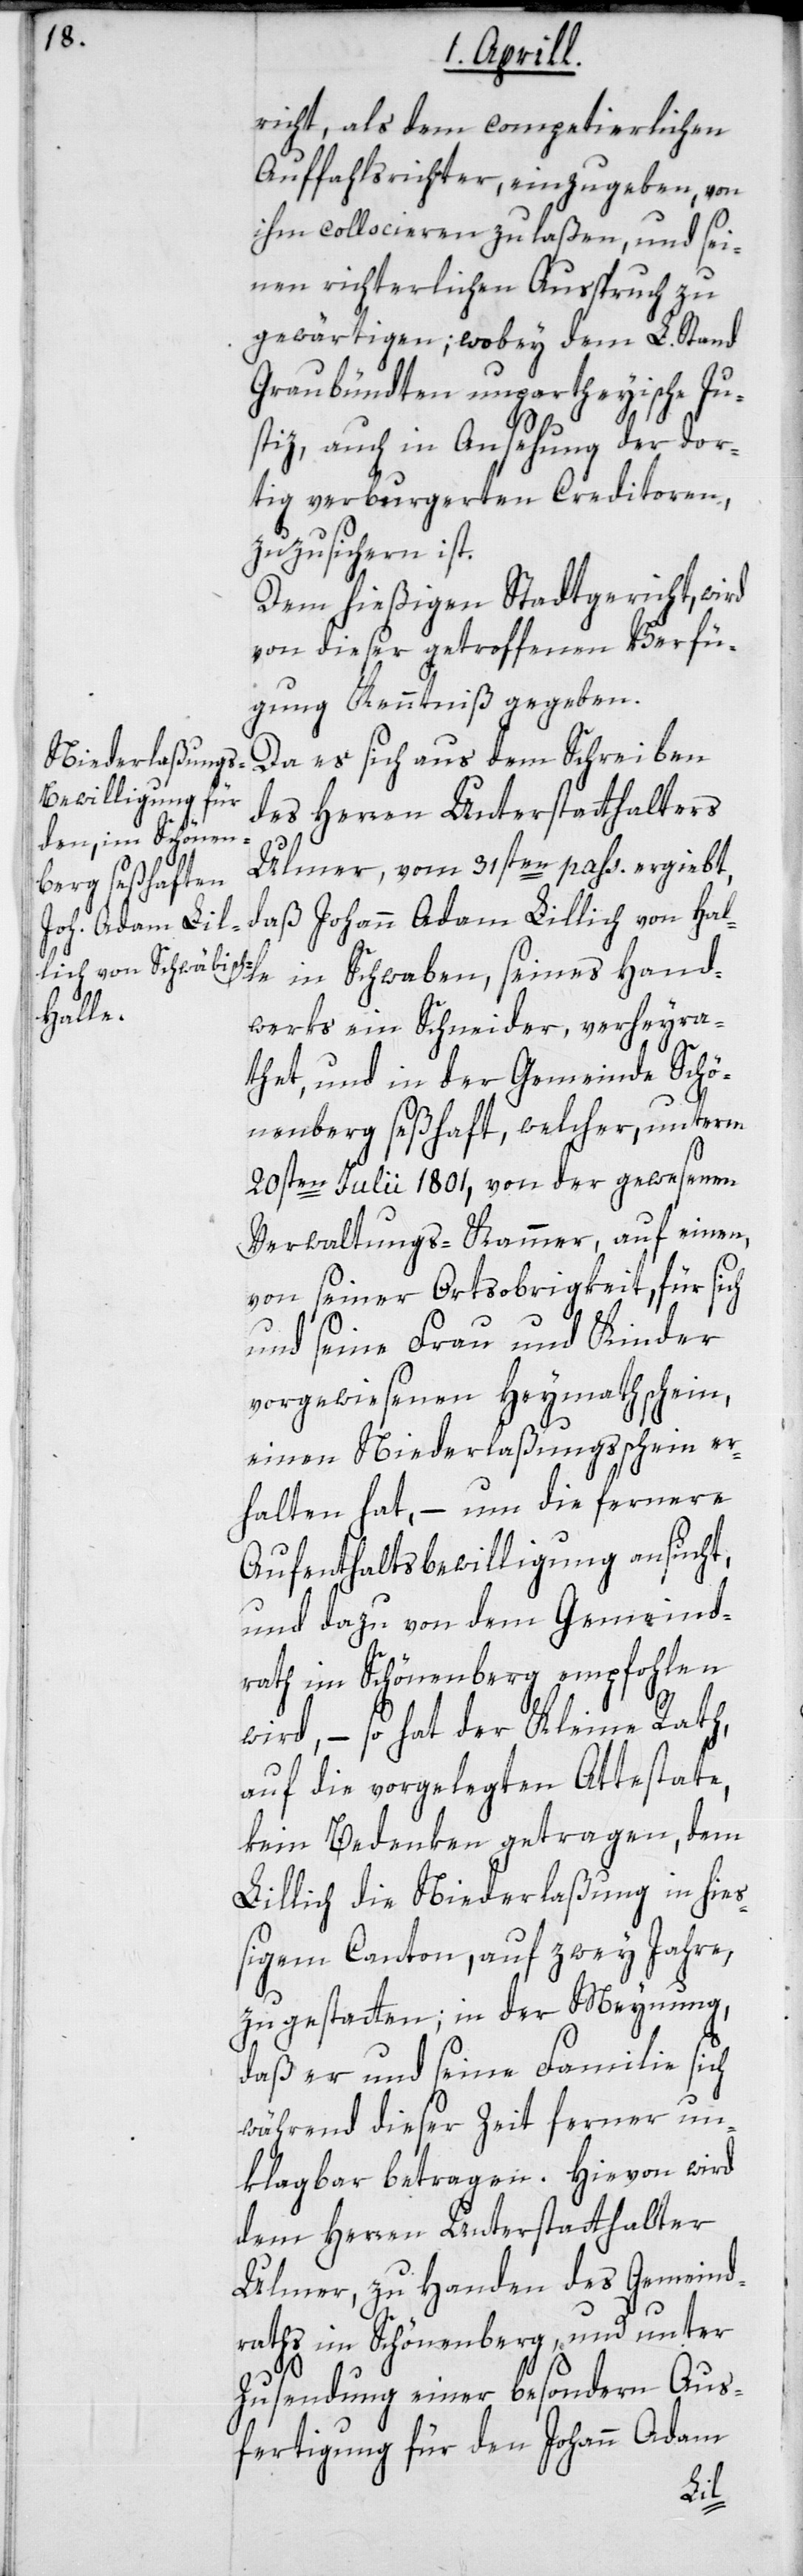
richt, als dem competierlichen
Auffahlsrichter, einzugeben, von
ihm collocieren zu laßen und sei¬
nen richterlichen Ausspruch zu
gewärtigen; wobey dem L. Stand
Graubündten unparteyische Ju¬
stiz, auch in Ansehung der dor¬
tig verburgerten Creditoren,
zuzusichern ist.
Dem hießigen Stadtgericht wird
von dieser getroffenen Verfü¬
gung Kenntniß gegeben.
Da es sich aus dem Schreiben
des Herren Unterstatthalters
Ulmer, vom 31sten pass. ergiebt,
daß Johann Adam Lillich von Hal¬
dwerks ein Schneider, verheyra¬
thet und in der Gemeinde Schö¬
nenberg seßhaft, welcher unterm
20sten Julii 1801, von der gewesenen
Verwaltungs-Kammer, auf einen,
von seiner Ortsobrigkeit, für sich
und seine Frau und Kinder
vorgewiesenen Heymathschein,
einen Niederlaßungsschein er¬
halten hat, – um die fernere
Aufenthaltsbewilligung ansucht,
und dazu von dem Gemeind¬
rath im Schönenberg empfohlen
wird, – so hat der Kleine Rath,
auf die vorgelegten Attestate
kein Bedenken getragen, dem
Lillich die Niederlaßung in hie¬
ßigem Canton, auf zwey Jahre
zu gestatten; in der Meynung,
daß er und seine Familie sich
während dieser Zeit ferner un¬
klagbar betragen. Hievon wird
dem Herren Unterstatthalter
Ulmer, zu Handen des Gemeind¬
raths im Schönenberg, und unter
Zusendung einer besondern Aus¬
fertigung für den Johann Adam
Han¬